Report on vaccination in Madras 1877-1894 - 1877-1894
Year: 1877
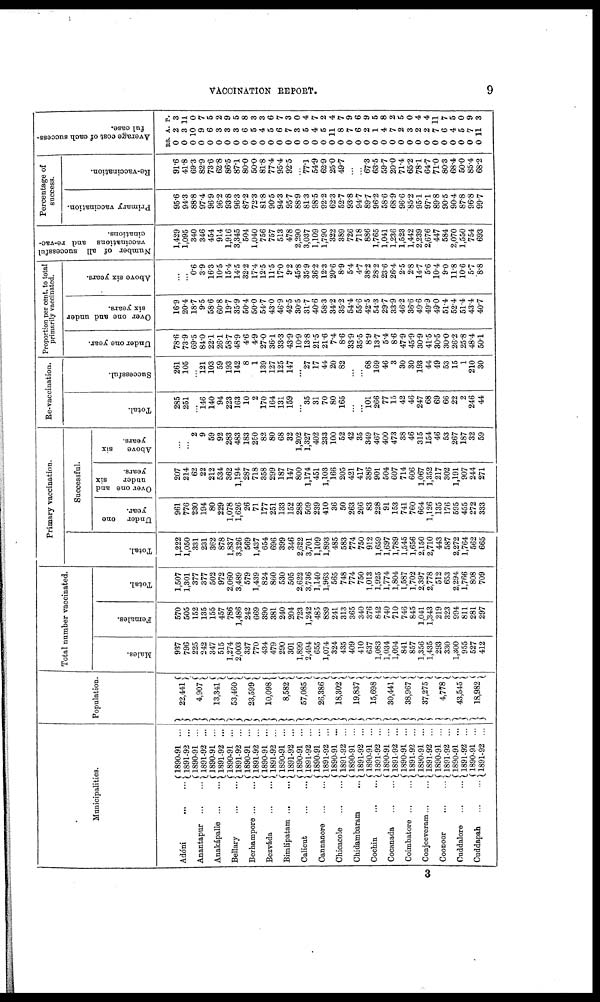
VACCINATION REPORT.
9
Municipalities.
Adóni
...
...
Anantapur
...
...
Anakápalle
...
...
Bellary
Berhampore ... ...
Bezváda
...
...
Bimlipatam ... ...
Calicut
...
...
Cannanore
...
...
Chicacole
...
...
Chidambaram
...
Cochin
...
...
Cocanada
...
...
Coimbatore ... ...
Conjeeveram ... ...
Coonoor
...
...
Cuddalore
...
...
Cuddapah
...
...
1890-91 ...
1891-92 ...
1890-91 ...
1891-92 ...
1890-91 ...
1891-92 ...
1890-91 ...
1891-92 ...
1890-91 ...
1891-92 ...
1890-91 ...
1891-92 ...
1890-91 ...
1891-92 ...
1890-91 ...
1891-92 ...
1890-91 ...
1891-92 ...
1890-91 ...
1891-92 ...
1890-91 ...
1891-92 ...
1890-91 ...
1891-92 ...
1890-91 ...
1891-92 ...
1890-91 ...
1891-92 ...
1890-91 ...
1891-92 ...
1890-91 ...
1891-92 ...
1890-91 ...
1891-92 ...
1890-91 ...
1891-92 ...
Population.
22,441
4,907
13,341
53,460
23,599
10,098
8,582
57,085
26,386
18,302
19,837
15,698
30,441
38,967
37,275
4,778
43,545
18,982
Total number vaccinated.
Males.
937
796
225
242
347
515
1,274
2,003
337
770
434
479
290
301
1,899
2,494
655
1,074
324
435
409
410
637
1,083
1,034
1,094
841
857
1,356
1,435
293
330
1,300
955
527
412
Females.
570
505
152
135
155
457
786
1,486
242
669
390
381
240
204
723
1,242
485
839
241
313
365
340
376
842
740
710
746
845
1,041
1,343
219
323
994
811
281
297
Total.
1,507
1,301
377
377
502
972
2,060
3,489
579
1,439
824
860
530
505
2,622
3,736
1,140
1,963
565
748
774
750
1,013
1,925
1,774
1,804
1,587
1,702
2,397
2,778
512
653
2,294
1,766
808
709
Primary vaccination.
Total.
1,222
1,050
331
231
362
878
1,837
3,326
569
1,437
654
696
399
346
2,622
3,701
1,109
1,893
485
583
774
750
912
1,659
1,697
1,789
1,545
1,656
2,150
2,710
443
587
2,272
1,764
562
665
Successful.
Under one
year.
961
776
230
194
80
229
1,078
1,626
26
71
177
251
133
152
288
509
239
410
36
50
263
266
83
228
91
153
741
760
664
1,126
135
176
595
455
272
333
Over one and
under
six
years.
207
214
62
22
212
534
362
1,194
287
718
358
299
187
147
800
1,174
451
1,103
166
205
421
417
386
901
504
607
714
606
1,067
1,352
217
302
1,191
907
244
271
Above
six
years.
...
...
2
9
59
92
283
483
183
250
82
80
68
32
1,202
1,327
402
233
100
52
42
35
349
467
400
473
38
46
315
154
46
53
267
187
32
59
Re-vaccination.
Total.
285
251
...
146
140
94
223
163
10
2
170
164
131
159
...
35
31
70
80
165
...
... 101
266
77
15
42
46
247
68
69
66
22
2
246
44
Successful.
261
105
...
121
103
59
193
142
8
1
139
127
125
147
...
27
17
44
20
82
...
...
68
169
46
3
30
30
193
44
49
53
15
1
210
30
Proportion per cent. to total
primarily vaccinated.
Under one year.
78.6
73.9
69.5
84.0
22.1
26.1
58.7
48.9
4.6
4.9
27.0
36.1
33.3
43.9
10.9
13.8
21.5
21.6
7.4
8.6
33.9
35.5
8.9
13.7
5.4
8.6
47.9
45.9
30.9
41.5
30.5
30.0
26.2
25.8
48.4
501
Over one and under
six years.
16.9
20.4
18.7
9.5
586
60.8
19.7
35.9
50.4
50.0
54.7
43.0
46.9
42.5
30.5
31.7
40.6
58.3
34.2
35.2
54.4
55.6
42.5
54.3
29.7
33.9
46.2
36.6
49.6
49.9
49.0
51.4
52.4
51.4
43.4
40.7
Above six years.
...
...
0.6
3.9
163
10.5
15.4
14.5
32.2
17.4
12.5
11.5
17.0
9.2
45.8
35.9
36.2
12.3
20.6
8.9
5.4
4.7
38.2
28.2
23.6
26.4
2.5
2.8
14.7
5.6
10.4
9.0
11.8
10.6
5.7
8.8
Number of all successful
vaccinations and re-vac-
cinations.
1,429
1,095
340
346
454
914
1,916
3,345
504
1,040
756
757
513
478
2,290
3,037
1,109
1,790
322
389
726
718
886
1,765
1,041
1,236
1,523
1,442
2,239
2,676
447
584
2,070
1,550
754
693
Percentage of
success.
Primary vaccination.
95.6
94.3
88.8
97.4
96.9
96.2
93.8
96.3
87.2
72.3
81.8
90.5
94.3
95.7
88.9
81.3
98.5
92.2
62.3
52.7
93.8
94.7
89.7
96.2
58.6
68.9
96.6
85.2
95.1
97.1
89.8
90.5
90.4
87.8
96.8
99.7
Re-vaccination.
91.6
41.8
69.3
82.9
73.6
62.8
86.5
87.1
80.0
50.0
81.8
77.4
95.4
92.5
...
77.1
54.9
62.9
25.0
49.7
...
...
67.3
63.5
59.7
20.0
71.4
65.2
78.1
64.7
71.0
80.3
68.4
50.0
85.4
68.2
Average cost of each success-
ful case.
RS.
0
0
0
0
0
0
0
0
0
0
0
0
0
0
0
0
0
0
0
0
0
0
0
0
0
0
0
0
0
0
0
0
0
0
0
0
A.
2
3
10
9
6
3
3
3
6
5
4
5
6
7
3
5
4
5
11
8
7
6
2
1
4
7
2
3
2
2
7
6
4
5
7
11
P.
3
11
0
7
5
2
9
5
8
3
3
6
7
3
0
4
7
2
4
7
9
6
9
5
8
2
5
0
4
4
11
7
5
0
9
3
3